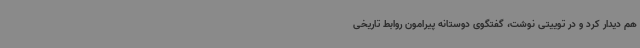
هم دیدار کرد و در توییتی نوشت، گفتگوی دوستانه پیرامون روابط تاریخی